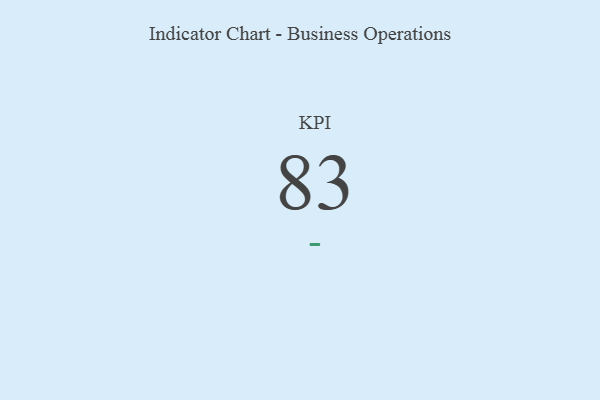
{"axis": {"x": "KPI", "y": "Value"}, "legend": [""], "data": [{"x": "KPI", "y": 83, "type": ""}]}